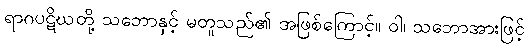
ရာဂပဋိဃတို့ သဘောနှင့် မတူသည်၏ အဖြစ်ကြောင့်။ ဝါ၊ သဘောအားဖြင့်